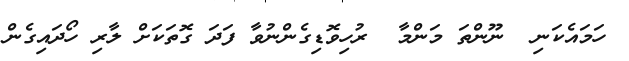
ހަމައެކަނި  ނޫންތަ މަންމާ  ރުހިވޮޑިގެންނުވާ ފަދަ ގޮތަކަށް ލާރި ހޯދައިގެން